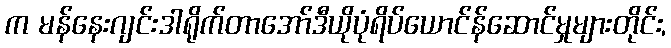
က မန်နေးဂျင်းဒါရိုက်တာအော်ဒီယိုပုံရိပ်ယောင်န်ဆောင်မှုများတိုင်း,